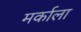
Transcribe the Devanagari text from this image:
मर्काला